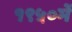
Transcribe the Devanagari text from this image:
१९५०में